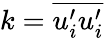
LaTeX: k=\overline{{u_{i}^{\prime}u_{i}^{\prime}}}